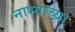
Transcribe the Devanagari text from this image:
नाभ्यांच्या